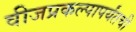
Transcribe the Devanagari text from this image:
वीजप्रकल्पापर्यंतची